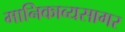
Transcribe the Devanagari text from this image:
मानिकाव्यसागर